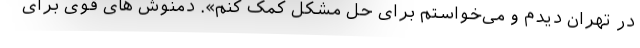
در تهران دیدم و می‌خواستم برای حل مشکل کمک کنم». دمنوش های قوی برای